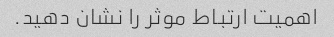
اهمیت ارتباط موثر را نشان دهید.